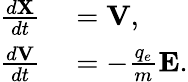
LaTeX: \begin{array}{rl}{\frac{d\mathbf{X}}{dt}}&{{}=\mathbf{V},}\\ {\frac{d\mathbf{V}}{dt}}&{{}=-\frac{q_{e}}{m}\mathbf{E}.}\end{array}